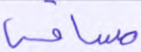
مسافة